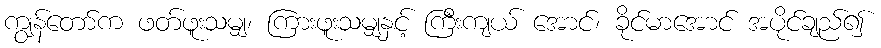
ကျွန်တော်က ဖတ်ဖူးသမျှ၊ ကြားဖူးသမျှနှင့် ကြီးကျယ် အောင်၊ ခိုင်မာအောင် အပိုင်ချည်၍